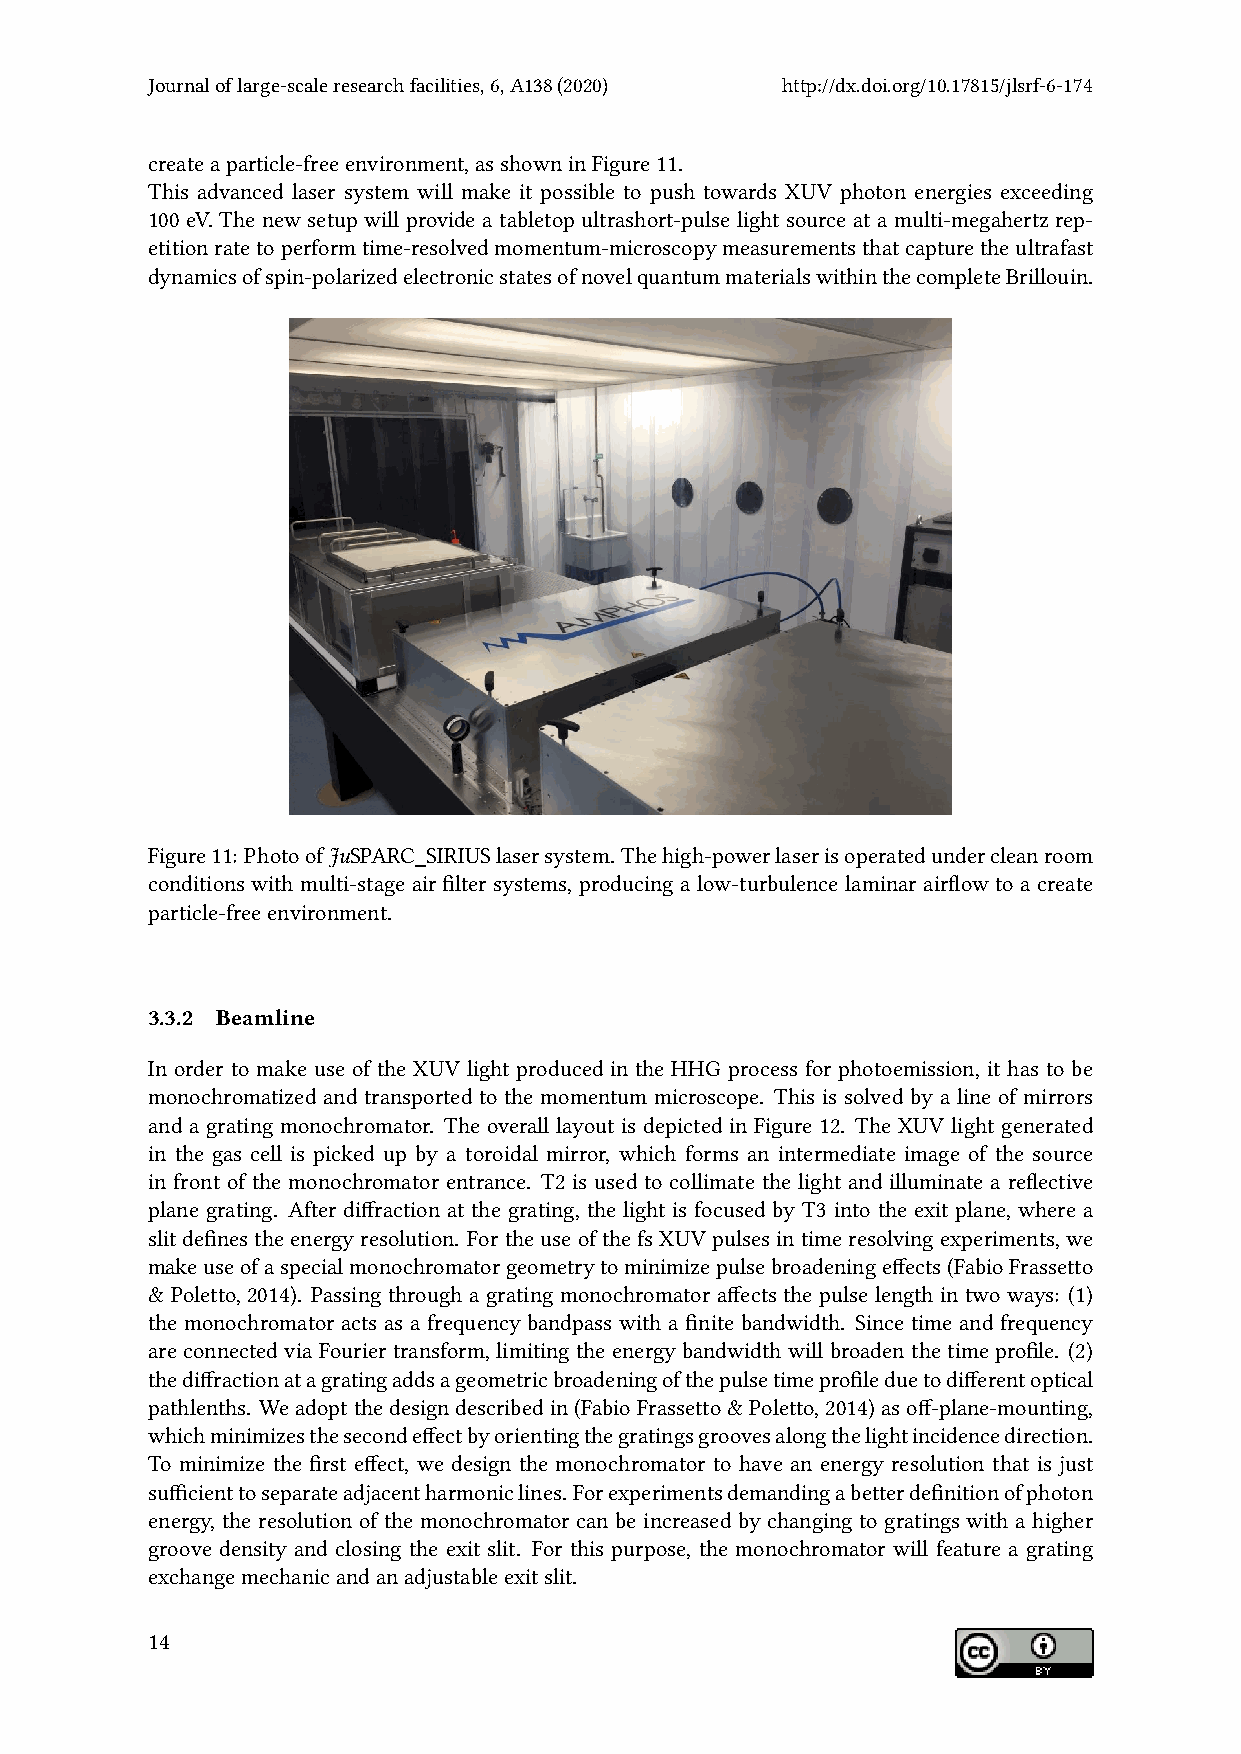
Journaloflarge-scaleresearchfacilities,6,A138(2020) http://dx.doi.org/10.17815/jlsrf-6-174
 createaparticle-freeenvironment,asshowninFigure11.
 This advanced laser system will make it possible to push towards XUV photon energies exceeding
 100 eV. The new setup will provide a tabletop ultrashort-pulse light source at a multi-megahertz rep-
 etitionratetoperformtime-resolvedmomentum-microscopymeasurementsthatcapturetheultrafast
 dynamicsofspin-polarizedelectronicstatesofnovelquantummaterialswithinthecompleteBrillouin.
 Figure11: PhotoofJuSPARC_SIRIUSlasersystem. Thehigh-powerlaserisoperatedundercleanroom
 conditions with multi-stage air filter systems, producing a low-turbulence laminar airflow to a create
 particle-freeenvironment.
 3.3.2 Beamline
 In order to make use of the XUV light produced in the HHG process for photoemission, it has to be
 monochromatized and transported to the momentum microscope. This is solved by a line of mirrors
 and a grating monochromator. The overall layout is depicted in Figure 12. The XUV light generated
 in the gas cell is picked up by a toroidal mirror, which forms an intermediate image of the source
 in front of the monochromator entrance. T2 is used to collimate the light and illuminate a reflective
 plane grating. After diffraction at the grating, the light is focused by T3 into the exit plane, where a
 slitdefinestheenergyresolution. FortheuseofthefsXUVpulsesintimeresolvingexperiments, we
 makeuseofaspecialmonochromatorgeometrytominimizepulsebroadeningeffects(FabioFrassetto
 & Poletto, 2014). Passing through a grating monochromator affects the pulse length in two ways: (1)
 the monochromator acts as a frequency bandpass with a finite bandwidth. Since time and frequency
 are connected via Fourier transform, limiting the energy bandwidth will broaden the time profile. (2)
 thediffractionatagratingaddsageometricbroadeningofthepulsetimeprofileduetodifferentoptical
 pathlenths. Weadoptthedesigndescribedin(FabioFrassetto&Poletto,2014)asoff-plane-mounting,
 whichminimizesthesecondeffectbyorientingthegratingsgroovesalongthelightincidencedirection.
 To minimize the first effect, we design the monochromator to have an energy resolution that is just
 sufficienttoseparateadjacentharmoniclines.Forexperimentsdemandingabetterdefinitionofphoton
 energy, the resolution of the monochromator can be increased by changing to gratings with a higher
 groove density and closing the exit slit. For this purpose, the monochromator will feature a grating
 exchangemechanicandanadjustableexitslit.
 14